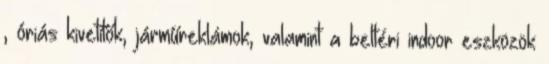
, óriás kivetítők, járműreklámok, valamint a beltéri indoor eszközök